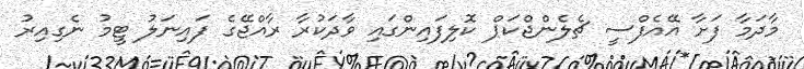
މާދަމާ ފަށާ އޭއެފްސީ ޗެލެންޖްކަޕް ކޮލިފައިންގައި ވާދަކުރާ ރާއްޖޭގެ ފައިނަލު ޓީމު ނެގިއިރު